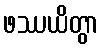
ဖဿယိတွာ